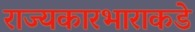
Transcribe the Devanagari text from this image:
राज्यकारभाराकडे